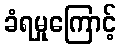
ခံရမှုကြောင့်